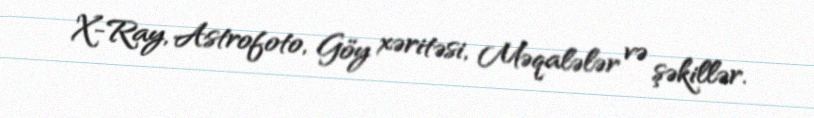
X-Ray, Astrofoto, Göy xəritəsi, Məqalələr və şəkillər.